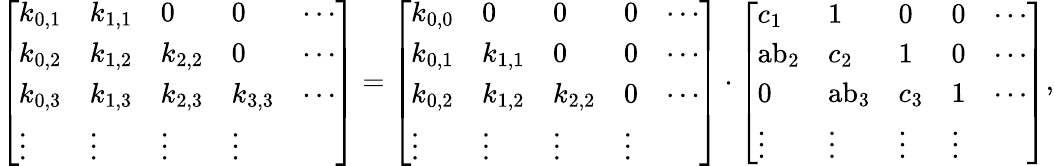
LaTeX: {\left[\begin{array}{lllll}{k_{0,1}}&{k_{1,1}}&{0}&{0}&{\cdots}\\ {k_{0,2}}&{k_{1,2}}&{k_{2,2}}&{0}&{\cdots}\\ {k_{0,3}}&{k_{1,3}}&{k_{2,3}}&{k_{3,3}}&{\cdots}\\ {\vdots}&{\vdots}&{\vdots}&{\vdots}\end{array}\right]}={\left[\begin{array}{lllll}{k_{0,0}}&{0}&{0}&{0}&{\cdots}\\ {k_{0,1}}&{k_{1,1}}&{0}&{0}&{\cdots}\\ {k_{0,2}}&{k_{1,2}}&{k_{2,2}}&{0}&{\cdots}\\ {\vdots}&{\vdots}&{\vdots}&{\vdots}\end{array}\right]}\cdot{\left[\begin{array}{lllll}{c_{1}}&{1}&{0}&{0}&{\cdots}\\ {{\mathrm{ab}}_{2}}&{c_{2}}&{1}&{0}&{\cdots}\\ {0}&{{\mathrm{ab}}_{3}}&{c_{3}}&{1}&{\cdots}\\ {\vdots}&{\vdots}&{\vdots}&{\vdots}\end{array}\right]},